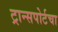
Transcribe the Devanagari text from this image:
ट्रान्सपोर्टचा